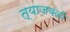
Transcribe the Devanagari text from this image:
त्याजवळी